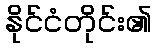
နိုင်ငံတိုင်း၏